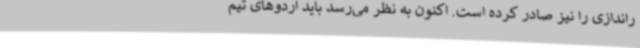
راندازی را نیز صادر کرده است. اکنون به نظر می‌رسد باید اردوهای تیم